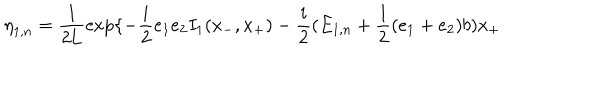
{ \eta } _ { 1 , n } = \frac { 1 } { 2 \mathrm { L } } \exp \{ - \frac { i } { 2 } e _ { 1 } e _ { 2 } I _ { 1 } ( x _ { - } , x _ { + } ) - \frac { i } { 2 } ( E _ { 1 , n } + \frac { 1 } { 2 } ( e _ { 1 } + e _ { 2 } ) b ) x _ { + }